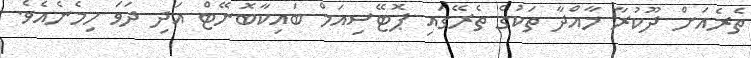
ތެރެއަށް ދޫކުރާ މާއްދާ ތަކުގެ ތެރޭގައި ޕޮޓޭސިއަމް ބައިކާބޮނޭޓް އަދި ދަވަ ހިމެނެއެވެ.